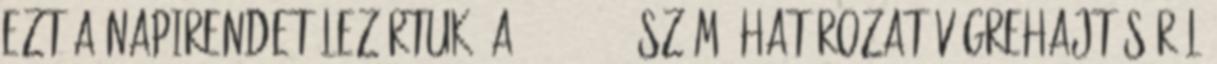
ezt a napirendet lezártuk. A 106 1999. számú határozat végrehajtásáról